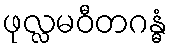
ဖုလ္လမဝီတဂန္ဓံ